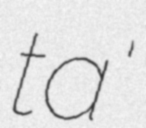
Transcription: ta'